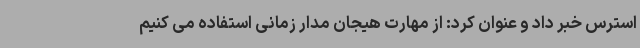
استرس خبر داد و عنوان کرد: از مهارت هیجان مدار زمانی استفاده می کنیم